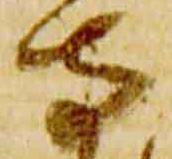
寺